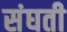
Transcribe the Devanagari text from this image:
संघती